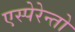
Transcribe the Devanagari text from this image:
एस्पेरेन्तो